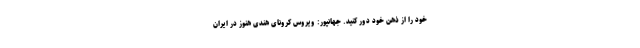
خود را از ذهن خود دور کنید. جهانپور: ویروس کرونای هندی هنوز در ایران